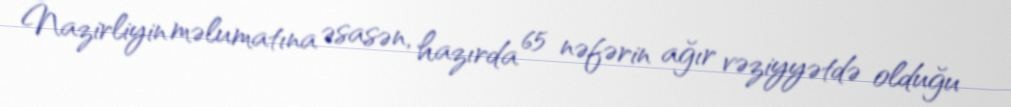
Nazirliyin məlumatına əsasən, hazırda 65 nəfərin ağır vəziyyətdə olduğu